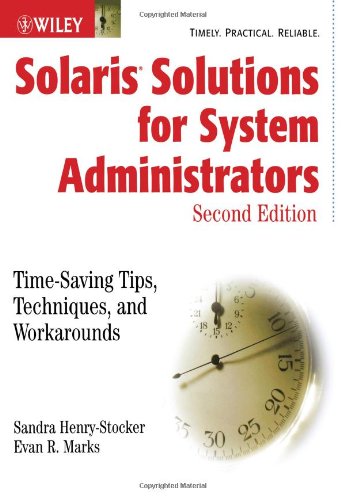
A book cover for Solaris Solutions for System Administrators: Time-Saving Tips, Techniques, and Workarounds, Second Edition; Sandra Henry-Stocker; Computers & Technology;